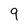
Character: 9